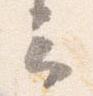
云